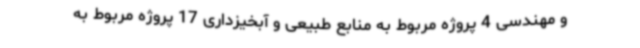
و مهندسی 4 پروژه مربوط به منابع طبیعی و آبخیزداری 17 پروژه مربوط به